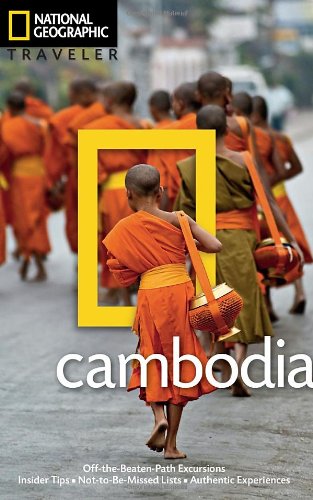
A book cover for National Geographic Traveler: Cambodia; Trevor Ranges; Travel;